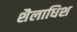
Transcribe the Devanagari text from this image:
शैलाधिश